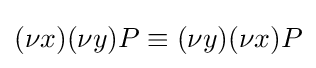
(\nu x)(\nu y)P\equiv (\nu y)(\nu x)P